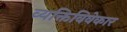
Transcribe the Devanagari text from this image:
व्यक्तिविवेकार